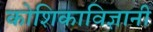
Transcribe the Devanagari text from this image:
कोशिकाविज्ञानी